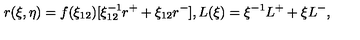
r ( \xi , \eta ) = f ( \xi _ { 1 2 } ) [ \xi _ { 1 2 } ^ { - 1 } r ^ { + } + \xi _ { 1 2 } r ^ { - } ] , L ( \xi ) = { \xi ^ { - 1 } } L ^ { + } + \xi L ^ { - } ,